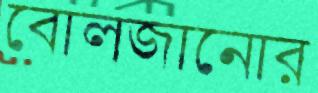
বোলজানোর